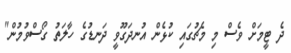
ދެ ޓީމަށް ވެސް މި މެޗުގައި ކުޅެން އުނދަގޫވީ ދަނޑުގެ ހާލަތު ގޯސްވުމުން"